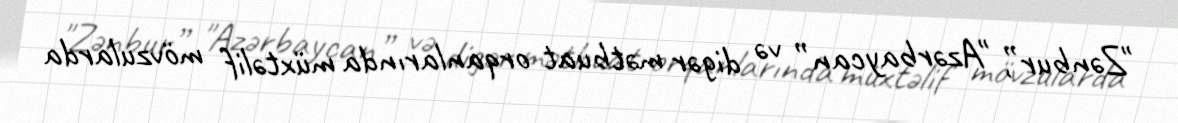
"Zənbur”, "Azərbaycan” və digər mətbuat orqanlarında müxtəlif mövzularda